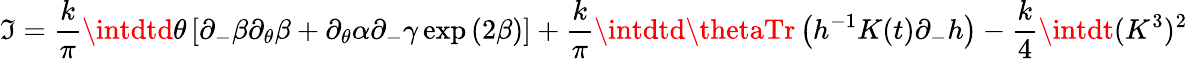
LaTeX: \mathfrak{I}=\frac{{k}}{{\pi}}\intdtd\theta\left[\partial_{-}\beta\partial_{\theta}\beta+\partial_{\theta}\alpha\partial_{-}\gamma\exp{(2\beta)}\right]+\frac{{k}}{{\pi}}\intdtd\thetaTr\left(h^{-1}K(t)\partial_{-}h\right)-\frac{{k}}{{4}}\intdt(K^{3})^{2}